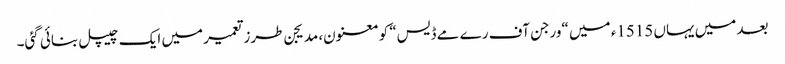
بعد میں یہاں 1515ء میں “ورجن آف رے مے ڈیس“ کو معنون، مدیجن طرزتعمیر میں ایک چیپل بنائی گئی۔